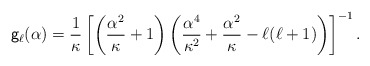
\begin{align*}{\sf g}_{\ell}({\alpha})=\frac{1}{\kappa}\left[\left({\frac{\alpha^2}{\kappa}+1}\right)\left(\frac{\alpha^4}{\kappa^2}+\frac{\alpha^2}{\kappa}-{\ell}({\ell}+1)\right)\right]^{-1}.\end{align*}